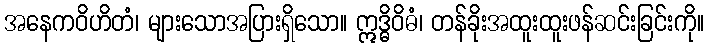
အနေကဝိဟိတံ၊ များသောအပြားရှိသော။ ဣဒ္ဓိဝိဓံ၊ တန်ခိုးအထူးထူးဖန်ဆင်းခြင်းကို။